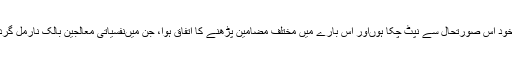
میں‌بذات خود اس صورتحال سے نپٹ‌ چکا ہوں‌اور اس بارے میں‌ مختلف مضامین پڑھنے کا اتفاق ہوا، جن میں‌نفسیاتی معالجین بالک نارمل گردانتے ہیں‌۔